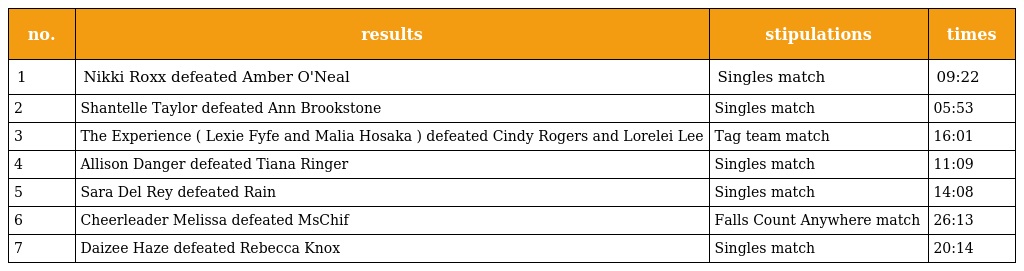
| no. | results | stipulations | times |
 | --- | --- | --- | --- |
 | 1 | Nikki Roxx defeated Amber O'Neal | Singles match | 09:22 |
 | 2 | Shantelle Taylor defeated Ann Brookstone | Singles match | 05:53 |
 | 3 | The Experience ( Lexie Fyfe and Malia Hosaka ) defeated Cindy Rogers and Lorelei Lee | Tag team match | 16:01 |
 | 4 | Allison Danger defeated Tiana Ringer | Singles match | 11:09 |
 | 5 | Sara Del Rey defeated Rain | Singles match | 14:08 |
 | 6 | Cheerleader Melissa defeated MsChif | Falls Count Anywhere match | 26:13 |
 | 7 | Daizee Haze defeated Rebecca Knox | Singles match | 20:14 |